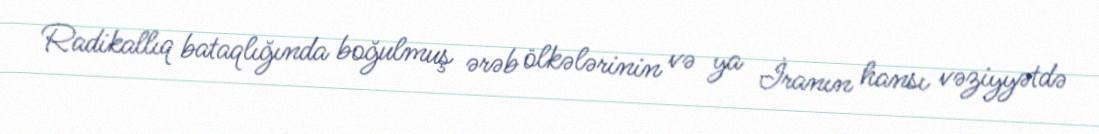
Radikallıq bataqlığında boğulmuş ərəb ölkələrinin və ya İranın hansı vəziyyətdə